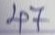
47